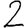
Digit: 2